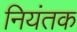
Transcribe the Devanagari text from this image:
नियंतक